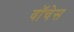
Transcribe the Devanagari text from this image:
वॉचेस